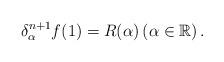
LaTeX: \begin{align*} \delta_{\alpha}^{n+1}f(1)=R(\alpha) \left(\alpha \in \mathbb{R}\right). \end{align*}